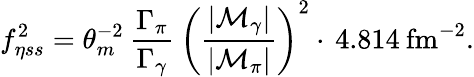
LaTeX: f_{\eta ss}^{2}={\theta_{m}^{-2}}\: \frac{\Gamma_{\pi}}{\Gamma_{\gamma}}\: \left(\frac{|{\cal M}_{\gamma}|}{|{\cal M}_{\pi}|}\right)^{2}\cdot\, 4.814\: \mathrm{fm^{-2}}.